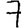
Digit: 7